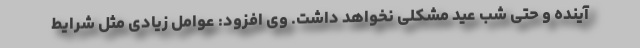
آینده و حتی شب عید مشکلی نخواهد داشت. وی افزود: عوامل زیادی مثل شرایط